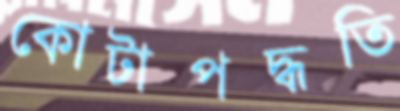
কোটাপদ্ধতি